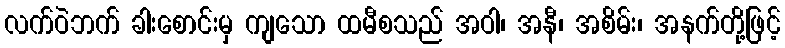
လက်ဝဲဘက် ခါးစောင်းမှ ကျသော ထမီစသည် အဝါ၊ အနီ၊ အစိမ်း၊ အနက်တို့ဖြင့်